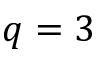
q = 3